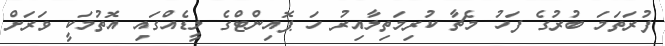
ފުރަތަމަ ބުރުގެ ފަހު މެޗާ ކުރިމަތިލާއިރު ހަ ޕޮއިންޓްގެ ލީޑެއްގައި އޮތުމަކީ ވަރަށް